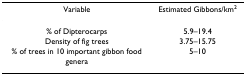
| Variable | Estimated Gibbons/km2 |
 | --- | --- |
 | % of Dipterocarps | 5.9–19.4 |
 | Density of fig trees | 3.75–15.75 |
 | % of trees in 10 important gibbon food genera | 5–10 |